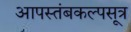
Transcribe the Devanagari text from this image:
आपस्तंबकल्पसूत्र